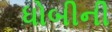
ધોબીની